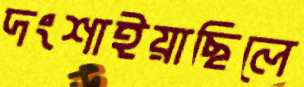
দংশাইয়াছিলে